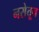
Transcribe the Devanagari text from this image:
नसेतून